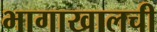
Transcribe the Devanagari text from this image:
भागाखालची